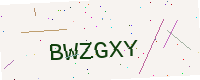
Text: BWZGXY